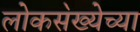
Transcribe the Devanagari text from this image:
लोकस॓ख्येच्या